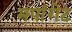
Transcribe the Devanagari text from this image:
मपांगेट